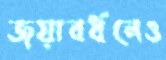
জয়াবর্ধনেও